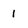
Character: 1